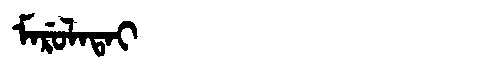
Manchu: ᠮᠠᡵᡠᠯᠠᡨᠠᡳ
Romanization: MARULATAI